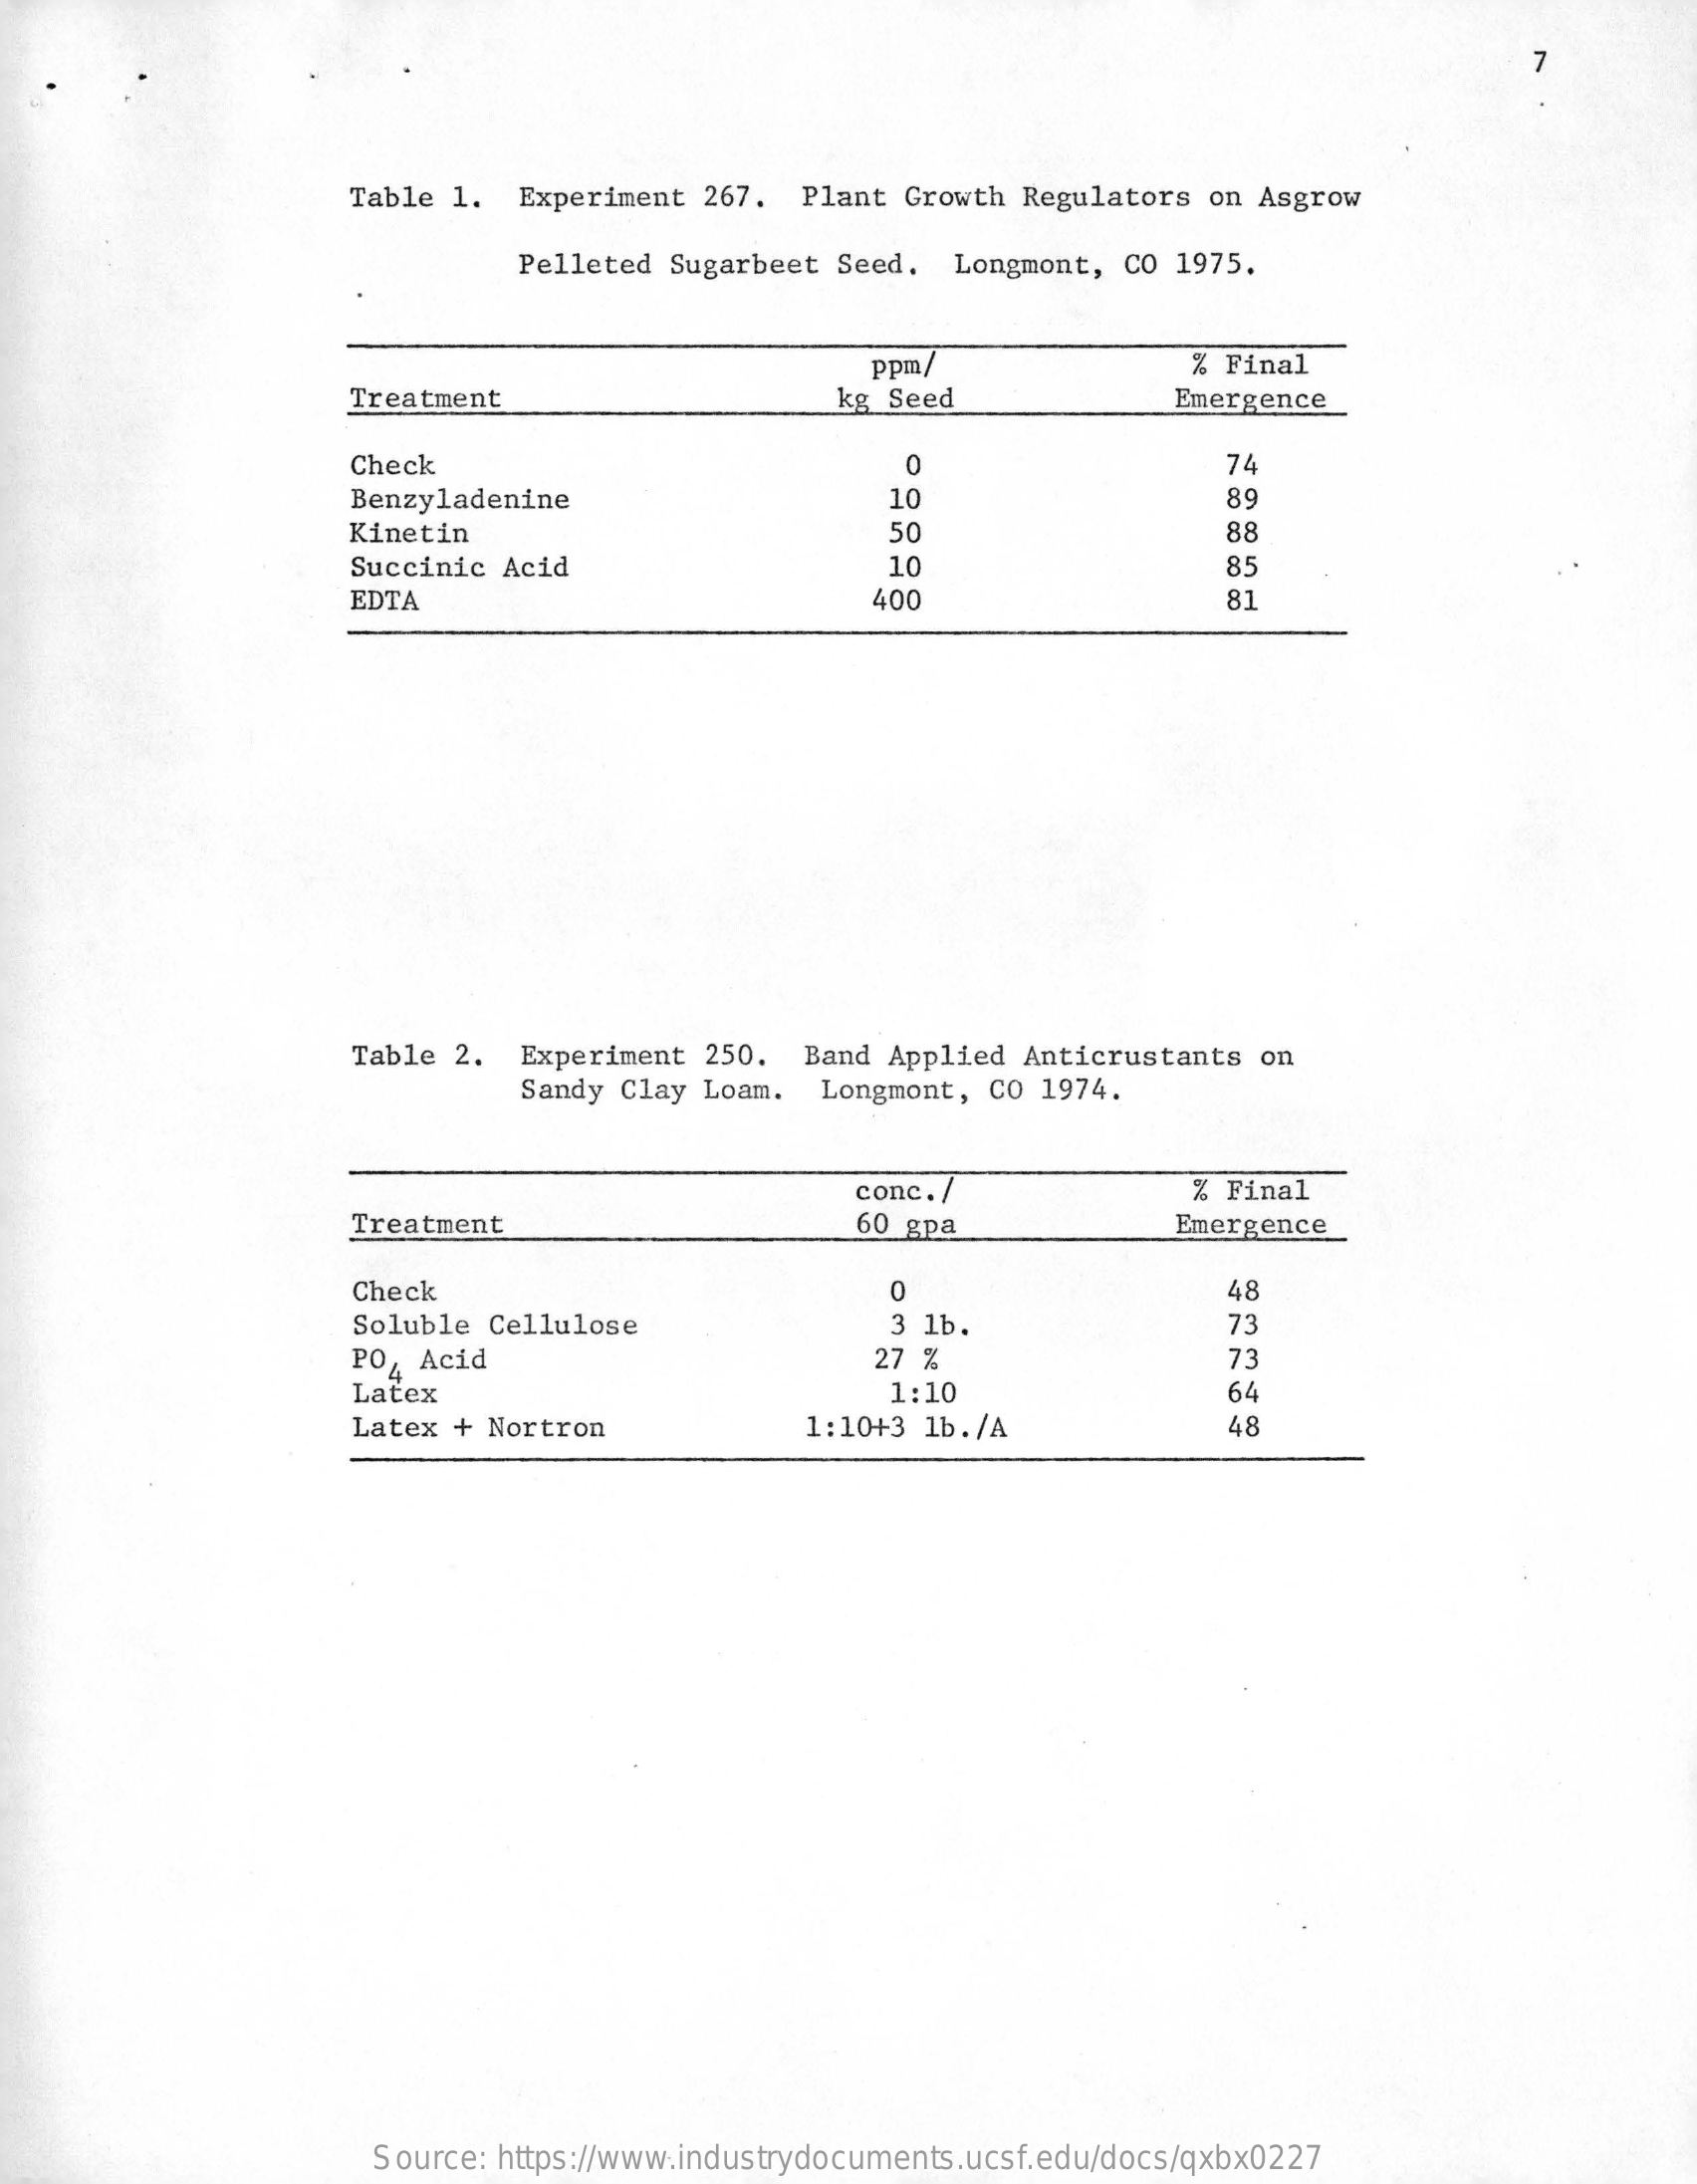
7
     Table 1.  Experiment  267.  Plant Growth  Regulators on Asgrow
     Pelleted Sugarbeet Seed.  Longmont,  CO 1975.
     ppm/    % Final
     Treatment    kg Seed    Emergence
     Check    74
     Benzyladenine    10    89
     Kinetin    50    88
     Succinic Acid    10    85
     EDTA    400    81
     Table 2.  Experiment  250.  Band Applied  Anticrustants  on
     Sandy Clay Loam.  Longmont,  CO 1974.
     conc. /    % Final
     Treatment    60 gpa    Emergence
     Check    0    48
     Soluble Cellulose    3 1b.    73
     PO, Acid    27 %    73
     Latex    1:10    64
     Latex  + Nortron    1:10+3 1b./A    48
     Source: https://www.industrydocuments.ucsf.edu/docs/qxbx0227